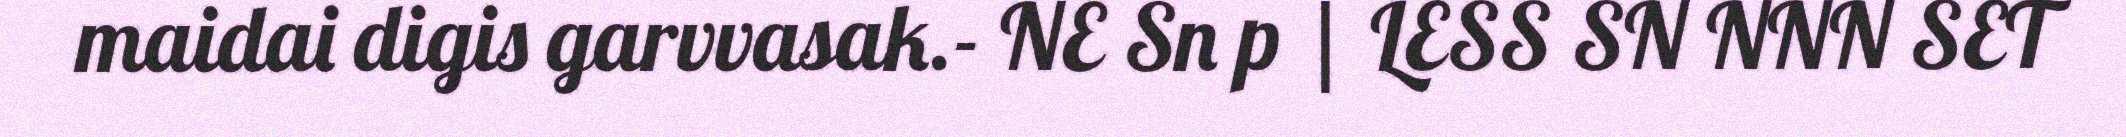
maidai digis garvvasak.- NE Sn p | LESS SN NNN SET